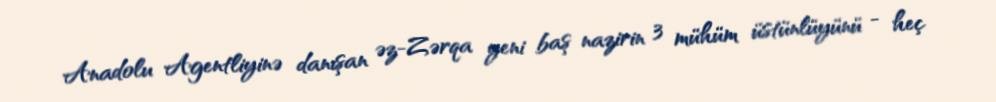
Anadolu Agentliyinə danışan əz-Zərqa yeni baş nazirin 3 mühüm üstünlüyünü - heç